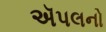
ઍપલનો